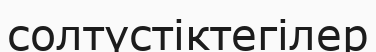
солтүстіктегілер